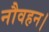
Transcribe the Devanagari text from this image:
नौवहन।